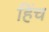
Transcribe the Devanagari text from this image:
हिंच